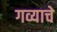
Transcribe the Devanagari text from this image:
गव्याचे